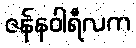
ဇန်နဝါရီလက